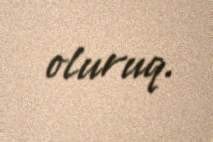
oluruq.